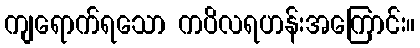
ကျရောက်ရသော ကပိလရဟန်းအကြောင်း။